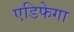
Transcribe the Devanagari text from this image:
एडिफेगा